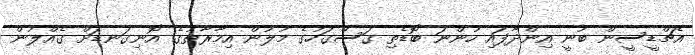
އެޗްޑީސީން ބުނީ އިންދާފައި ހުންނަ ބޮޑެތި ގަސްގަހުގެ މުލުން އިމާރާތުގެ އޮނިގަނޑަށް ގެއްލުން